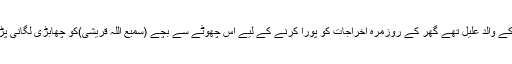
ان کے والد علیل تھے گھر کے روزمرہ اخراجات کو پورا کرنے کے لیے اس چھوٹے سے بچے (سمیع اللہ قریشی)کو چھابڑی لگانی پڑی۔